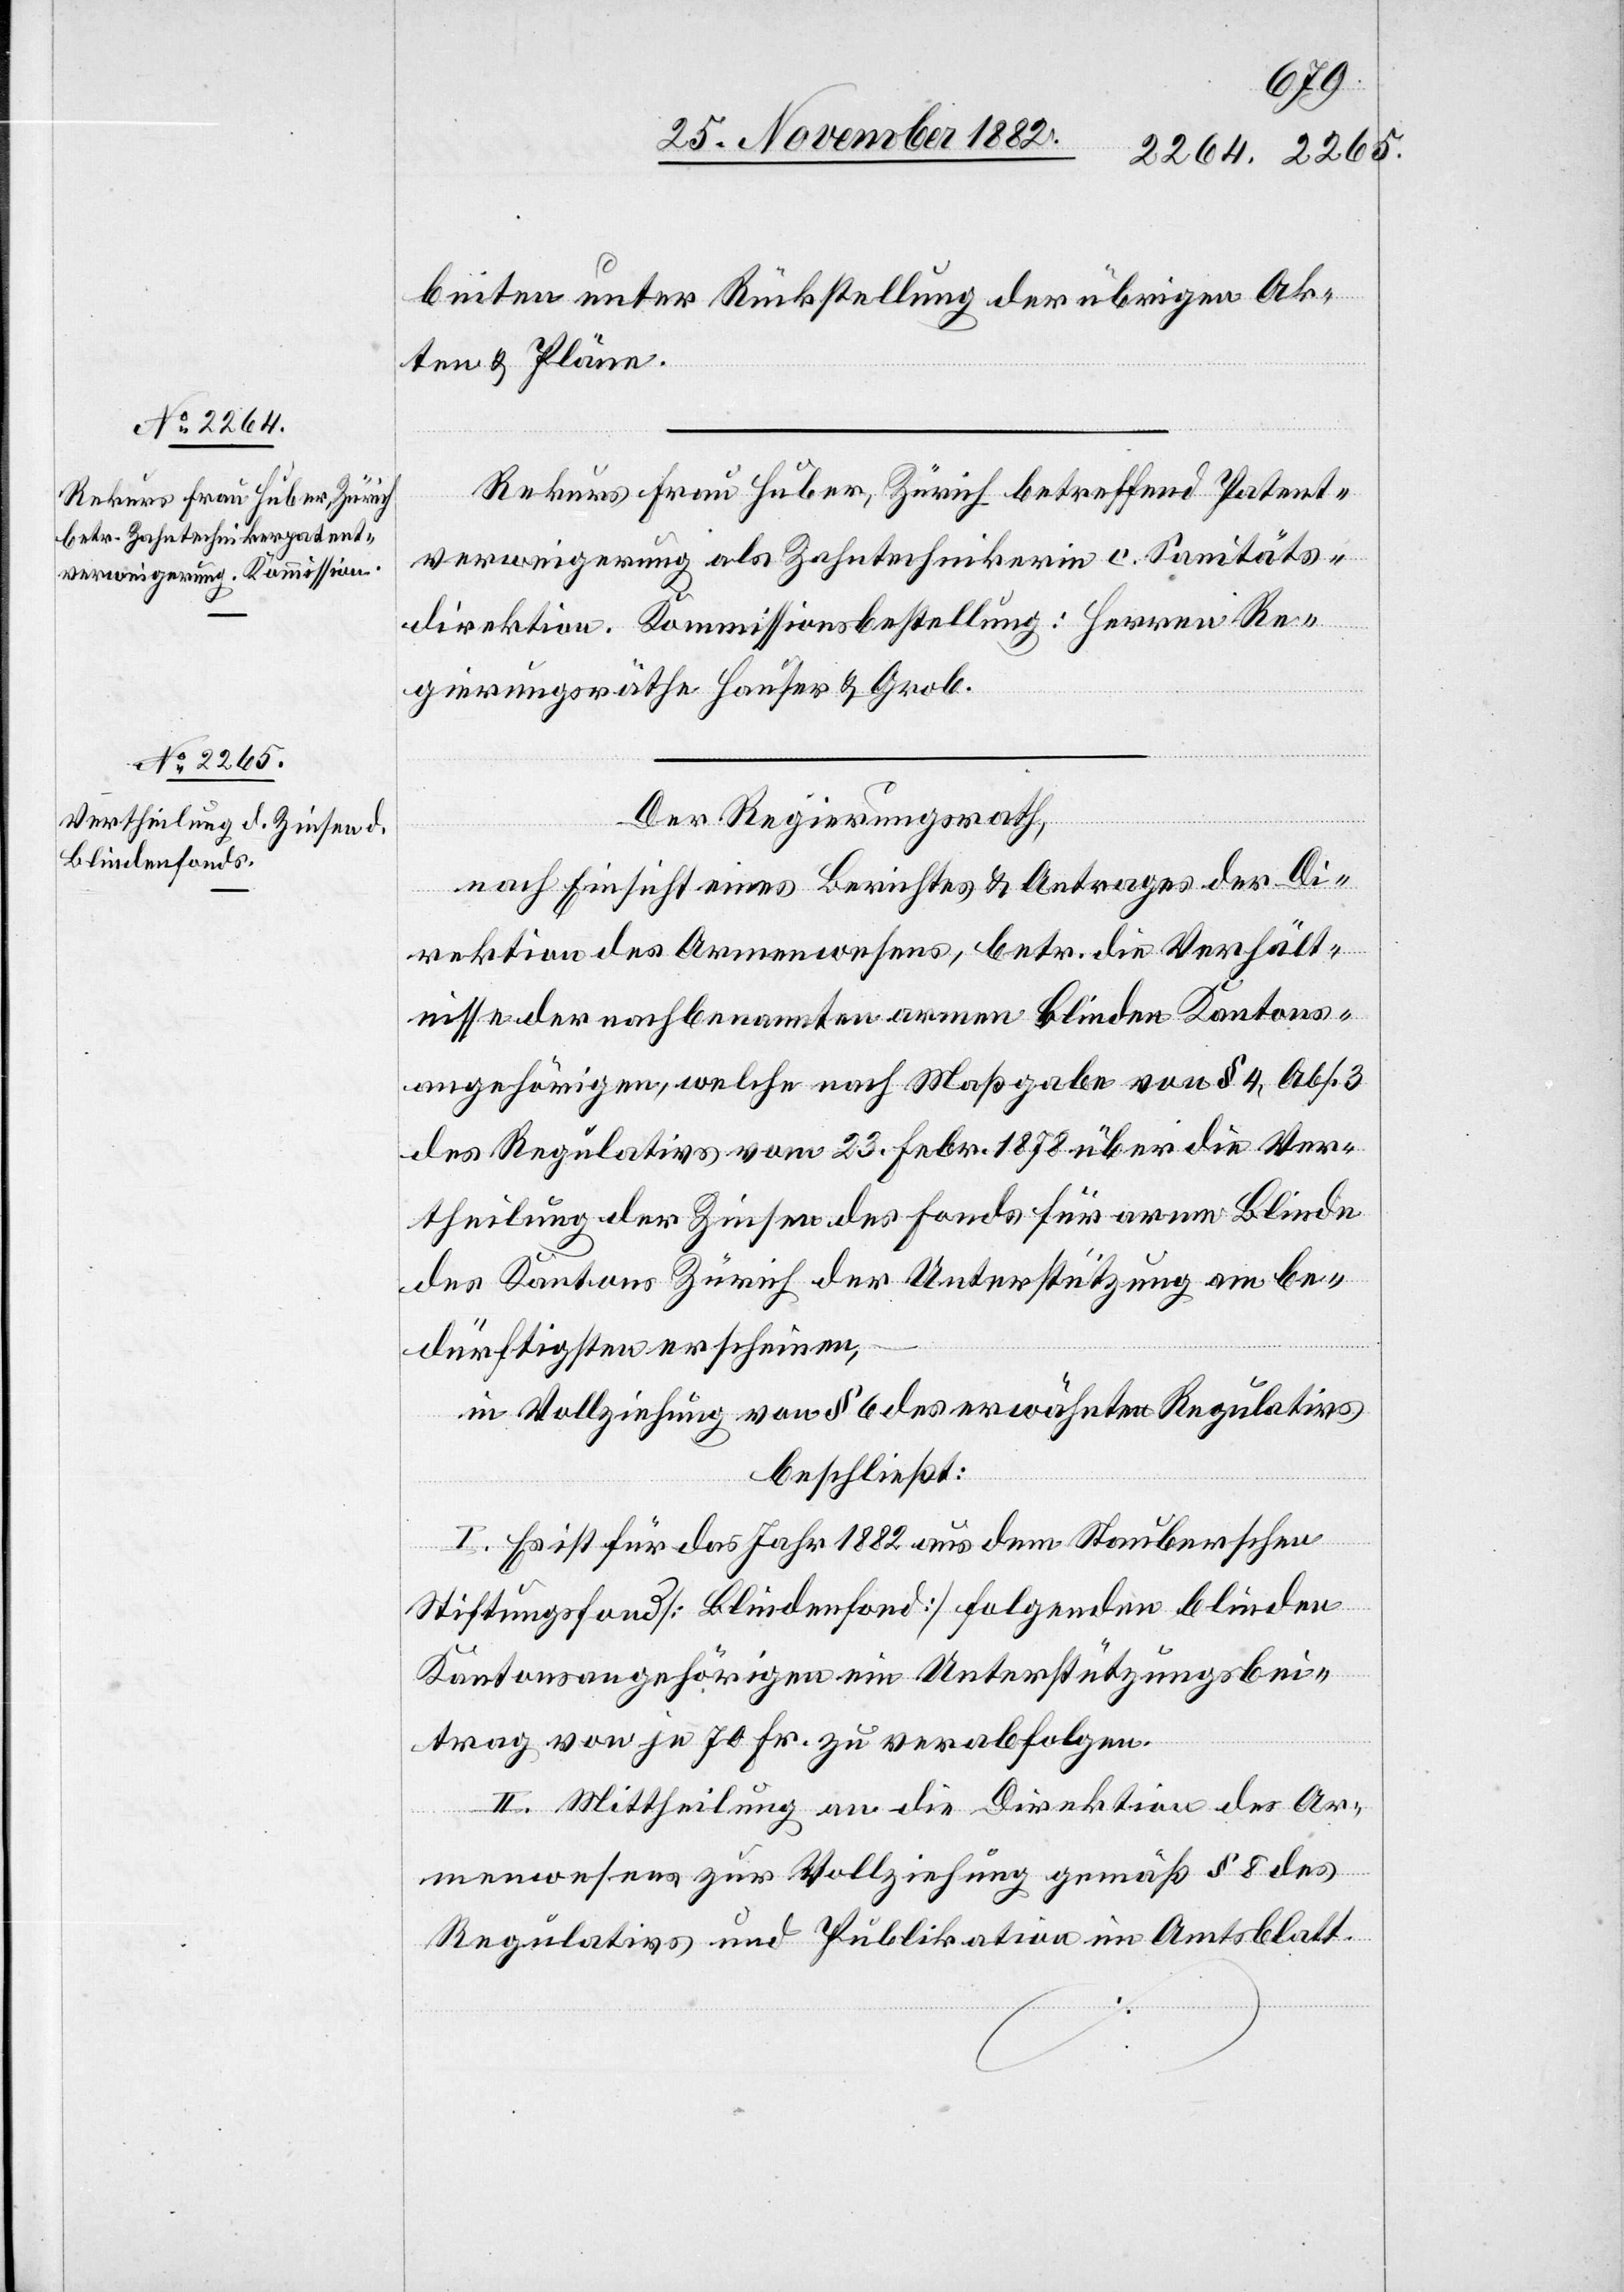
beiten unter Rückstellung der übrigen Ak¬
ten & Pläne.
Rekurs Frau Huber, Zürich betreffend Patent¬
verweigerung als Zahntechnikerin c. Sanitäts¬
direktion. Kommissionbestellung: Herren Re¬
gierungsräthe Hauser & Grob.
Der Regierungsrath,
nach Einsicht eines Berichtes & Antrages der Di¬
rektion des Armenwesens, betr. die Verhält¬
nisse der nachbenannten armen blinden Kantons¬
angehörigen, welche nach Maßgabe von § 4, Abs. 3
des Regulativs vom 23. Febr. 1878 über die Ver¬
theilung der Zinsen des Fonds für arme Blinde
des Kantons Zürich der Unterstützung am be¬
dürftigsten erscheinen,
in Vollziehung von § 6 des erwähnten Regulativs
beschließt:
I. Es ist für das Jahr 1882 aus dem Stauberschen
Stiftungsfond [Blindenfond] folgenden blinden
Kantonsangehörigen ein Unterstützungsbei¬
trag von je 70 Fr. zu verabfolgen.
II. Mittheilung an die Direktion des Ar¬
menwesens zur Vollziehung gemäß § 8 des
Regulativs und Publikation im Amtsblatt.